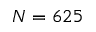
N = 6 2 5